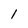
Character: 1